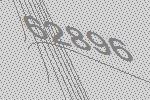
62896